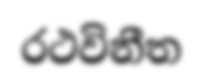
රථවිනීත